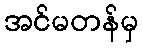
အင်မတန်မှ